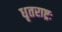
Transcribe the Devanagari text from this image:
धृतराष्ट्रः